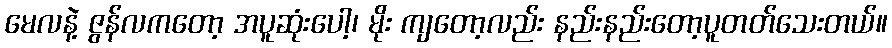
မေလနဲ့ ဇွန်လကတော့ အပူဆုံးပေါ့၊ မိုး ကျတော့လည်း နည်းနည်းတော့ပူတတ်သေးတယ်။